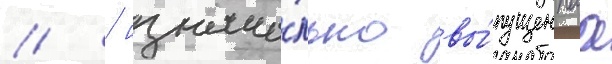
// / изнача́льно вы́пущеннаа